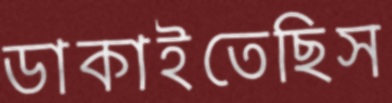
ডাকাইতেছিস